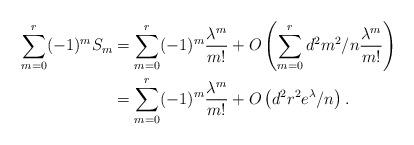
LaTeX: \begin{align*}\sum_{m=0}^{r} (-1)^m S_m &= \sum_{m=0}^r (-1)^m \frac{\lambda^m}{m!}+O\left(\sum_{m=0}^r d^2m^2/n \frac{\lambda^m}{m!}\right)\\&=\sum_{m=0}^r (-1)^m \frac{\lambda^m}{m!}+O\left(d^2r^2e^\lambda/n \right).\end{align*}